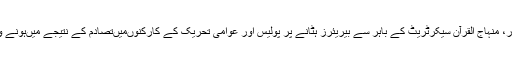
لاہور کی تصاویر، لاہور، منہاج القرآن سیکرٹریٹ کے باہر سے بیریئرز ہٹانے پر پولیس اور عوامی تحریک کے کارکنوں‌میں‌تصادم کے نتیجے میں‌ہونے والی تباہی کا ایک منظر۔